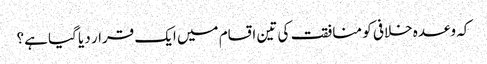
کہ وعدہ خلافی کو منافقت کی تین اقسام میں ایک قرار دیا گیا ہے؟